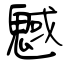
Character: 魊